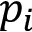
p _ { i }